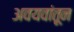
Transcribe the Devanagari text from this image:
अवयवांतून